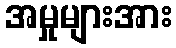
အမှုများအား